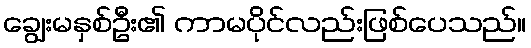
ချွေးမနှစ်ဦး၏ ကာမပိုင်လည်းဖြစ်ပေသည်။